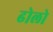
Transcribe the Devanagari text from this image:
ढोलो